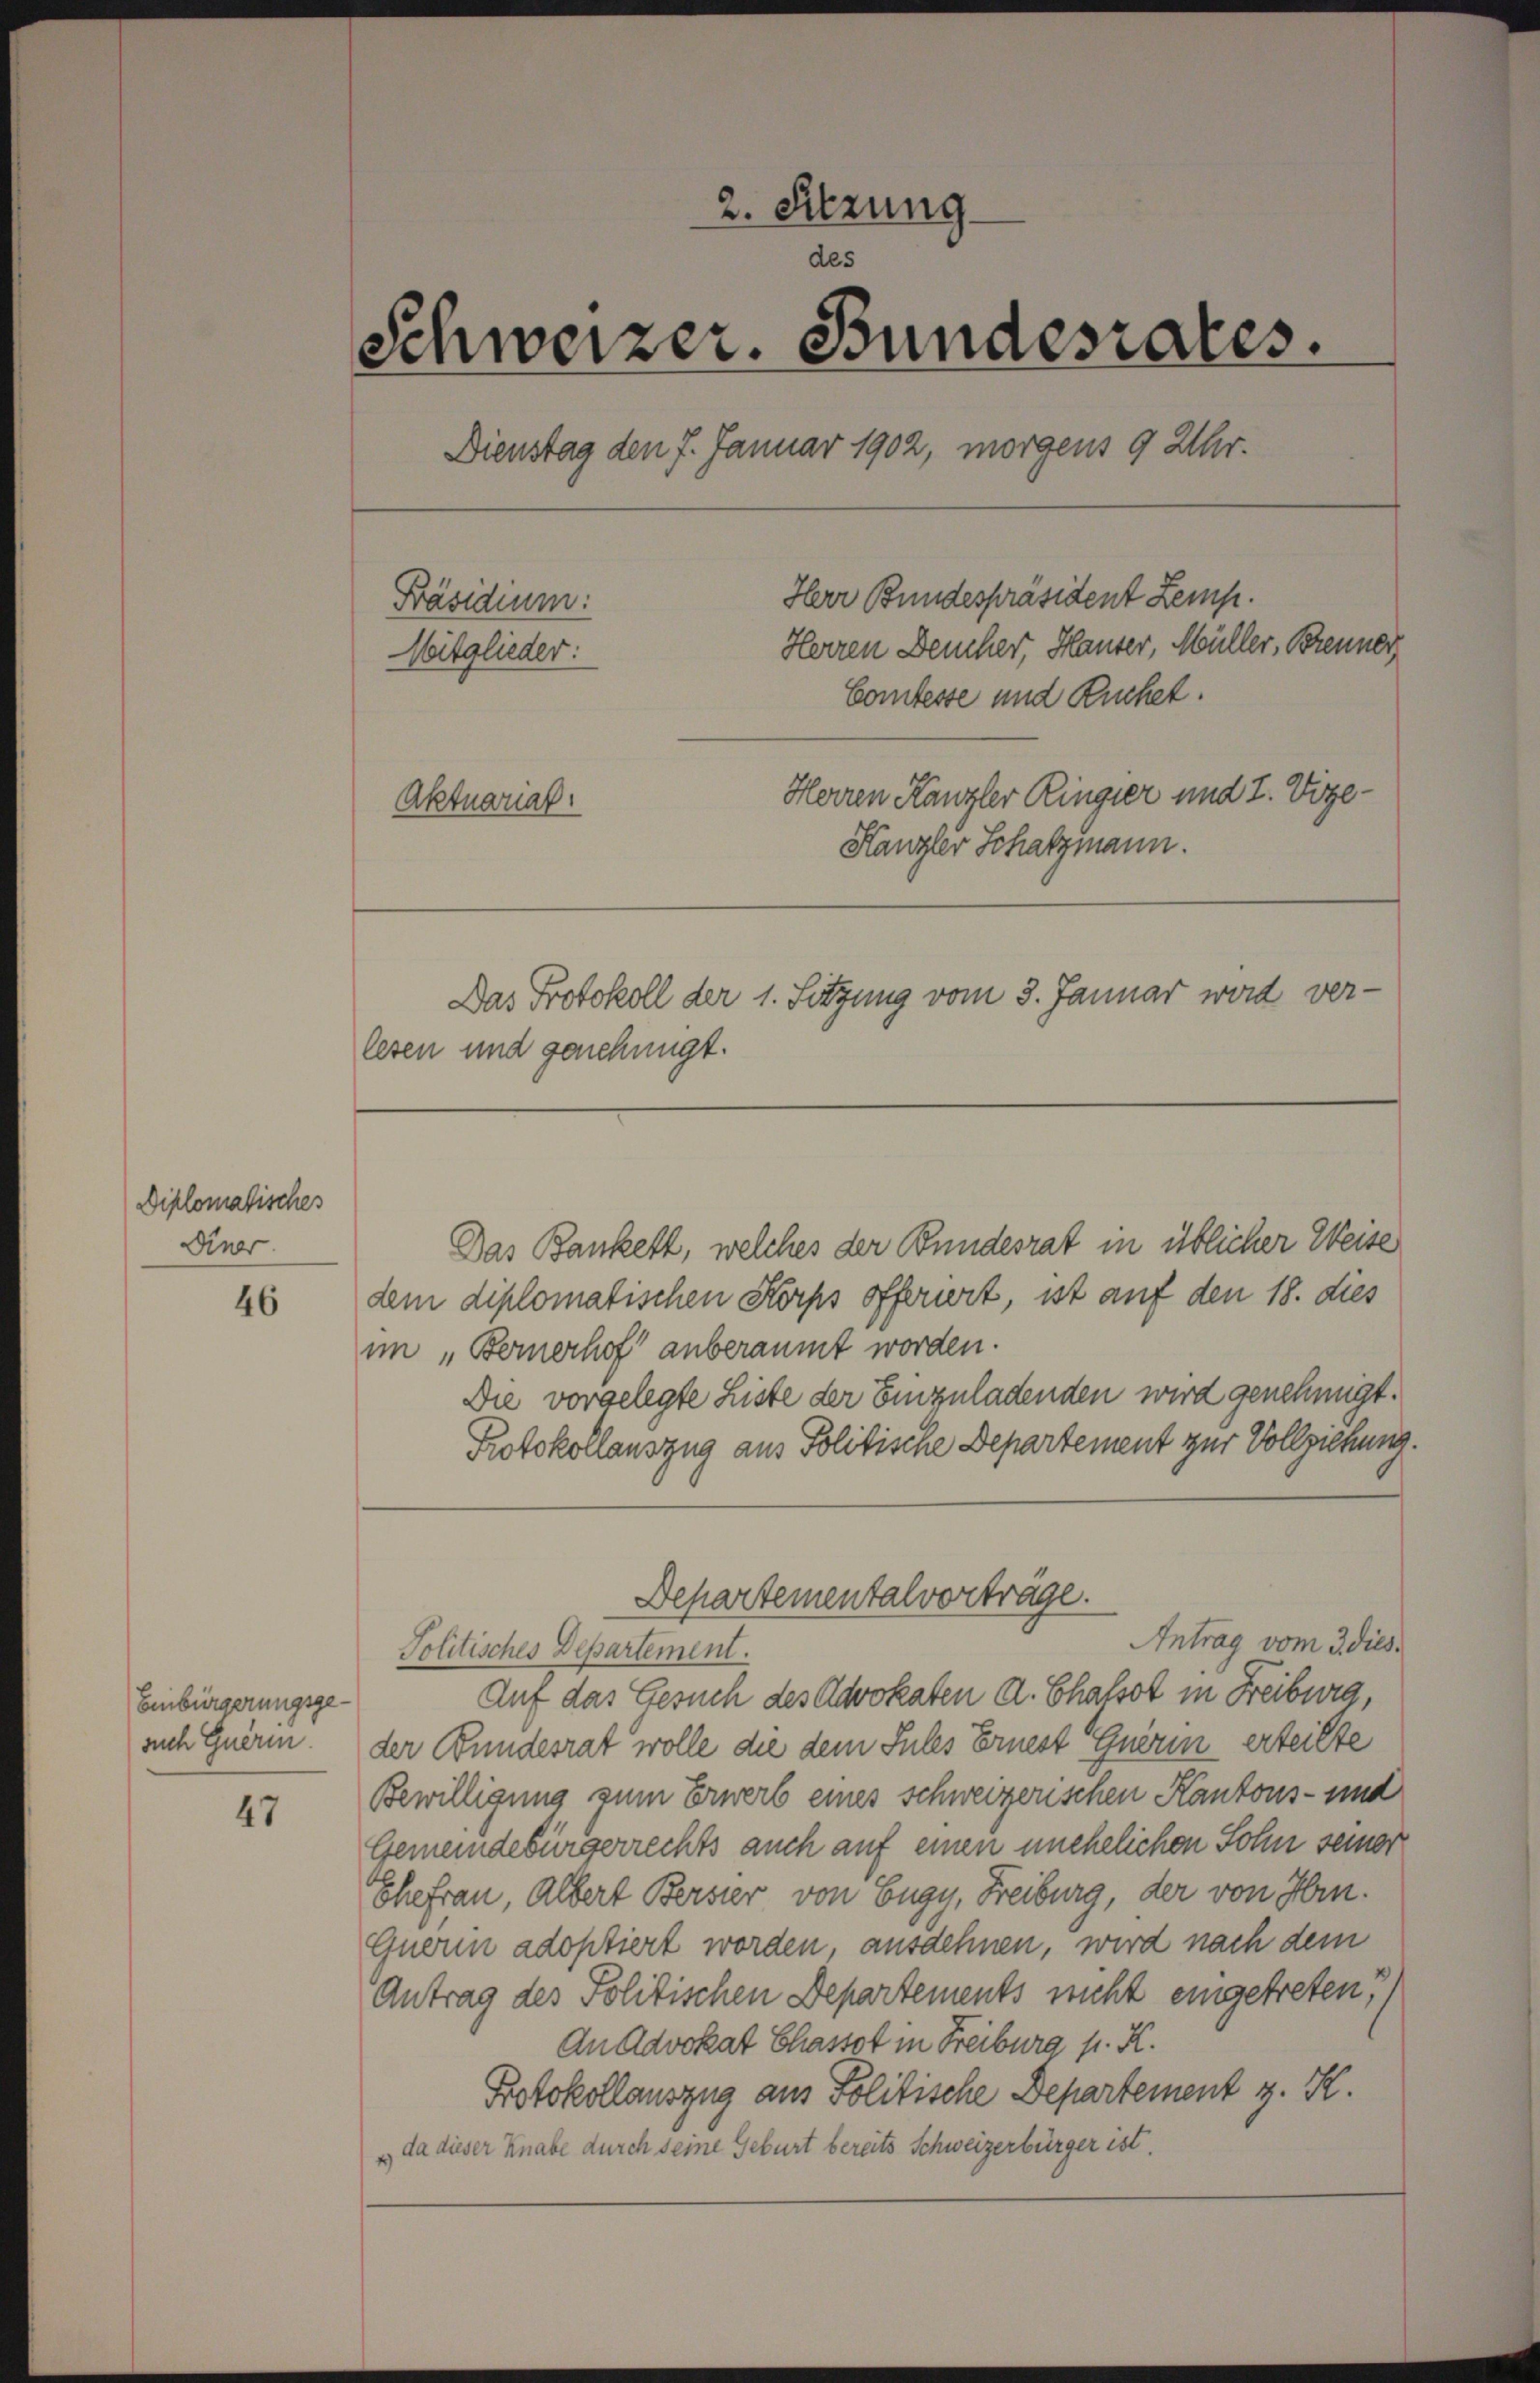
Diplomatisches
Diner

46

47

Einbürgerungsgesuch Querin.

2. Sitzung
des
Schweizer. Bundesrates.
Dienstag den 7. Januar 1902, morgens 9 Uhr.
Herr Bundespräsident Zemp.
Präsidium:
Herren Deucher, Hauser, Müller, Brenne
Mitglieder:
Comtesse und Ruchet.
Herren Kanzler Ringier und 2. Vize-
Aktuarial.
Hanzler Schatzmann.

lesen und genehmigt.

Das Bankett, welches der Bundesrat in üblicher Weise
dem diplomatischen Korps offerirt, ist auf den 18. dies
im „Bernerhof“ anberaumt worden.
Die vorgelegte Liste der Einzuladenden wird genehmigt.
Protokollauszug aus Politische Departement zur Vollziehung.
Antrag vom 3 dies
Politisches Departement.
Auf das Gesuch des Advokaten d. Chalso in Freiburg,
der Bundesrat wolle die dem Sules Ernest querin erteilte
Bewilligung zum Erwerb eines Schweizerischen Kantons- und
Gemeindebürgerrechts auch auf einen unehelichen Sohn seiner
Ehefrau, Albert Berster von Eugy, Freiburg, der von Hrn.
Guerin adoptiert worden, ausdehnen, wird nach dem
Antrag des Politischen Departements nicht eingetreten?)
An Advokat Chassot in Freiburg p. R.
Protokollauszug aus Politische Departement z. K.
& da dieser Knabe durch seine Geburt bereits Schweizerbürger ist.

Das Protokoll der 1. Sitzung vom 3. Januar wird ver-

Departementalvorträge.

h